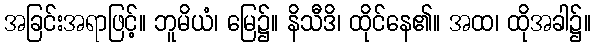
အခြင်းအရာဖြင့်။ ဘူမိယံ၊ မြေ၌။ နိသီဒိ၊ ထိုင်နေ၏။ အထ၊ ထိုအခါ၌။